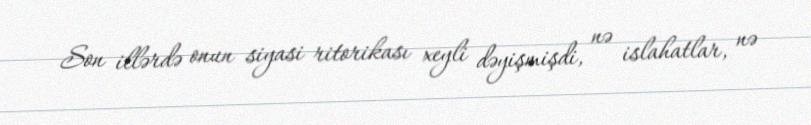
Son illərdə onun siyasi ritorikası xeyli dəyişmişdi, nə islahatlar, nə